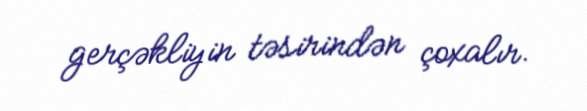
gerçəkliyin təsirindən çoxalır.